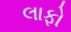
લાફો